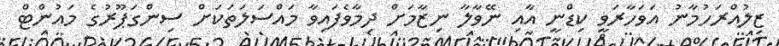
ޒިލުއްރަހުމާނު އަވަހާރަވީ ކިޑްނީ އާއި ނޭވާލާ ނިޒާމަށް ދިމާވެފައިވާ މައްސަލަތަކަށް ސިންގަޕޫރުގެ މައުންޓް